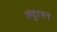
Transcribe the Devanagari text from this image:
तंदुरस्त